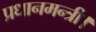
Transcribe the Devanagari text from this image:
प्रधानमन्त्री।